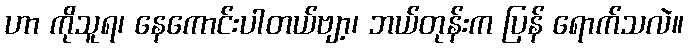
ဟာ ကိုသူရ၊ နေကောင်းပါတယ်ဗျာ့၊ ဘယ်တုန်းက ပြန် ရောက်သလဲ။